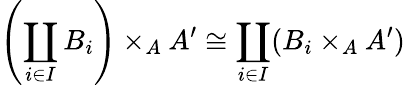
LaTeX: \left(\coprod_{i\in I}B_{i}\right)\times_{A}A^{\prime}\cong\coprod_{i\in I}(B_{i}\times_{A}A^{\prime})